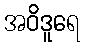
အဝိဒူရေ